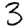
Digit: 3